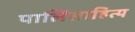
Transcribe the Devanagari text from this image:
पालिसाहित्य